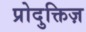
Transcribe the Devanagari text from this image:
प्रोदुक्तिज़